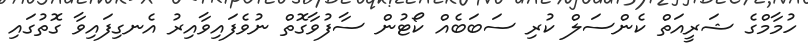
ހުމާމްގެ ޝަރީއަތް ކެންސަލް ކުރި ސަބަބެއް ކޯޓުން ސާފުވާގޮތް ނުވެފައިވާއިރު އެނގިފައިވާ ގޮތުގައި